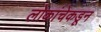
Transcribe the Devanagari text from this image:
लोकांचेकडून